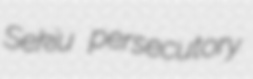
Sekiu persecutory